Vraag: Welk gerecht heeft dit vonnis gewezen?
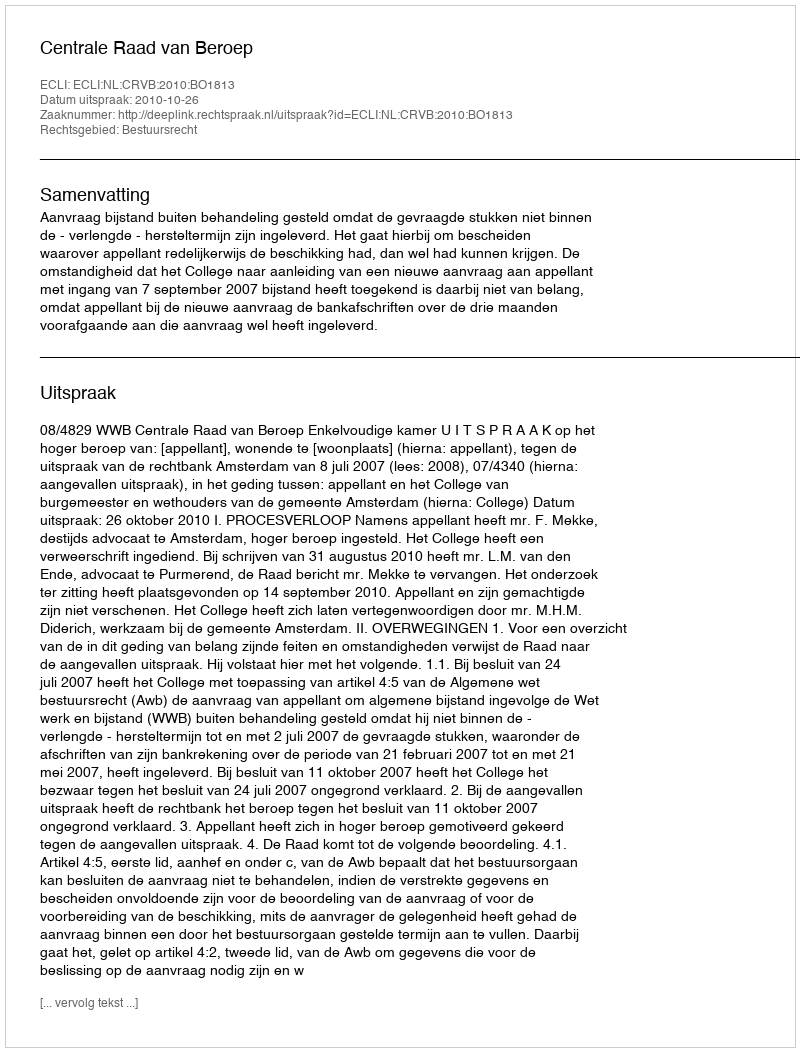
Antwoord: Centrale Raad van Beroep